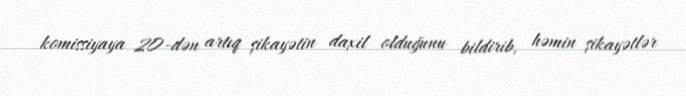
komissiyaya 20-dən artıq şikayətin daxil olduğunu bildirib, həmin şikayətlər